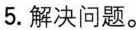
5.解决问题。